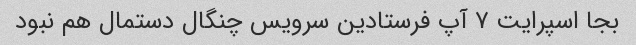
بجا اسپرایت ٧ آپ فرستادین سرویس چنگال دستمال هم نبود